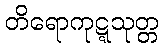
တိရောကုဋ္ဋသုတ္တ